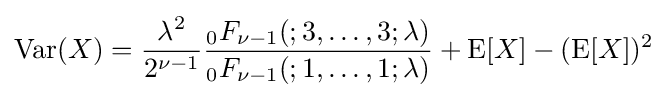
\mathrm {Var} (X)={\frac {\lambda ^{2}}{2^{\nu -1}}}{\frac {_{0}F_{\nu -1}(;3,\ldots ,3;\lambda )}{_{0}F_{\nu -1}(;1,\ldots ,1;\lambda )}}+\operatorname {E} [X]-(\operatorname {E} [X])^{2}